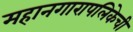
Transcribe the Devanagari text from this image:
महानगारापलिकेची